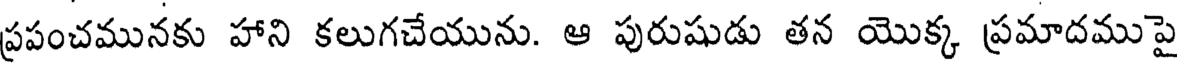
ప్రపంచమునకు హాని కలుగచేయును. ఆ పురుషుడు తన యొక్క ప్రమాదముపై